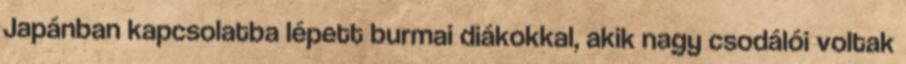
Japánban kapcsolatba lépett burmai diákokkal, akik nagy csodálói voltak